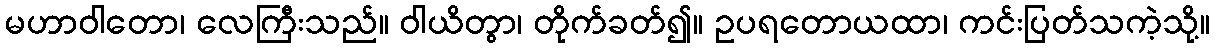
မဟာဝါတော၊ လေကြီးသည်။ ဝါယိတွာ၊ တိုက်ခတ်၍။ ဥပရတောယထာ၊ ကင်းပြတ်သကဲ့သို့။